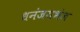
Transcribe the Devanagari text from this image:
धनंजयभंज